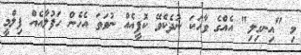
މި "އިނގިލި" އެއްގެ ވާހަކަ ނުދެކެވޭ ކޮފީއެއް ނުވަތަ އެހެން ހަފުލާއެއް ފިލްމީ